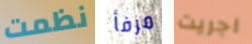
نظمت مرفأ اجريت